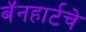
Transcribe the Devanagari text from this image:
बॅनहार्टचे